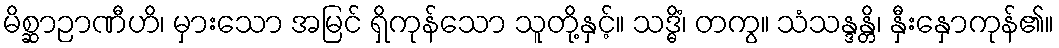
မိစ္ဆာဉာဏီဟိ၊ မှားသော အမြင် ရှိကုန်သော သူတို့နှင့်။ သဒ္ဓိံ၊ တကွ။ သံသန္ဒန္တိ၊ နှီးနှောကုန်၏။